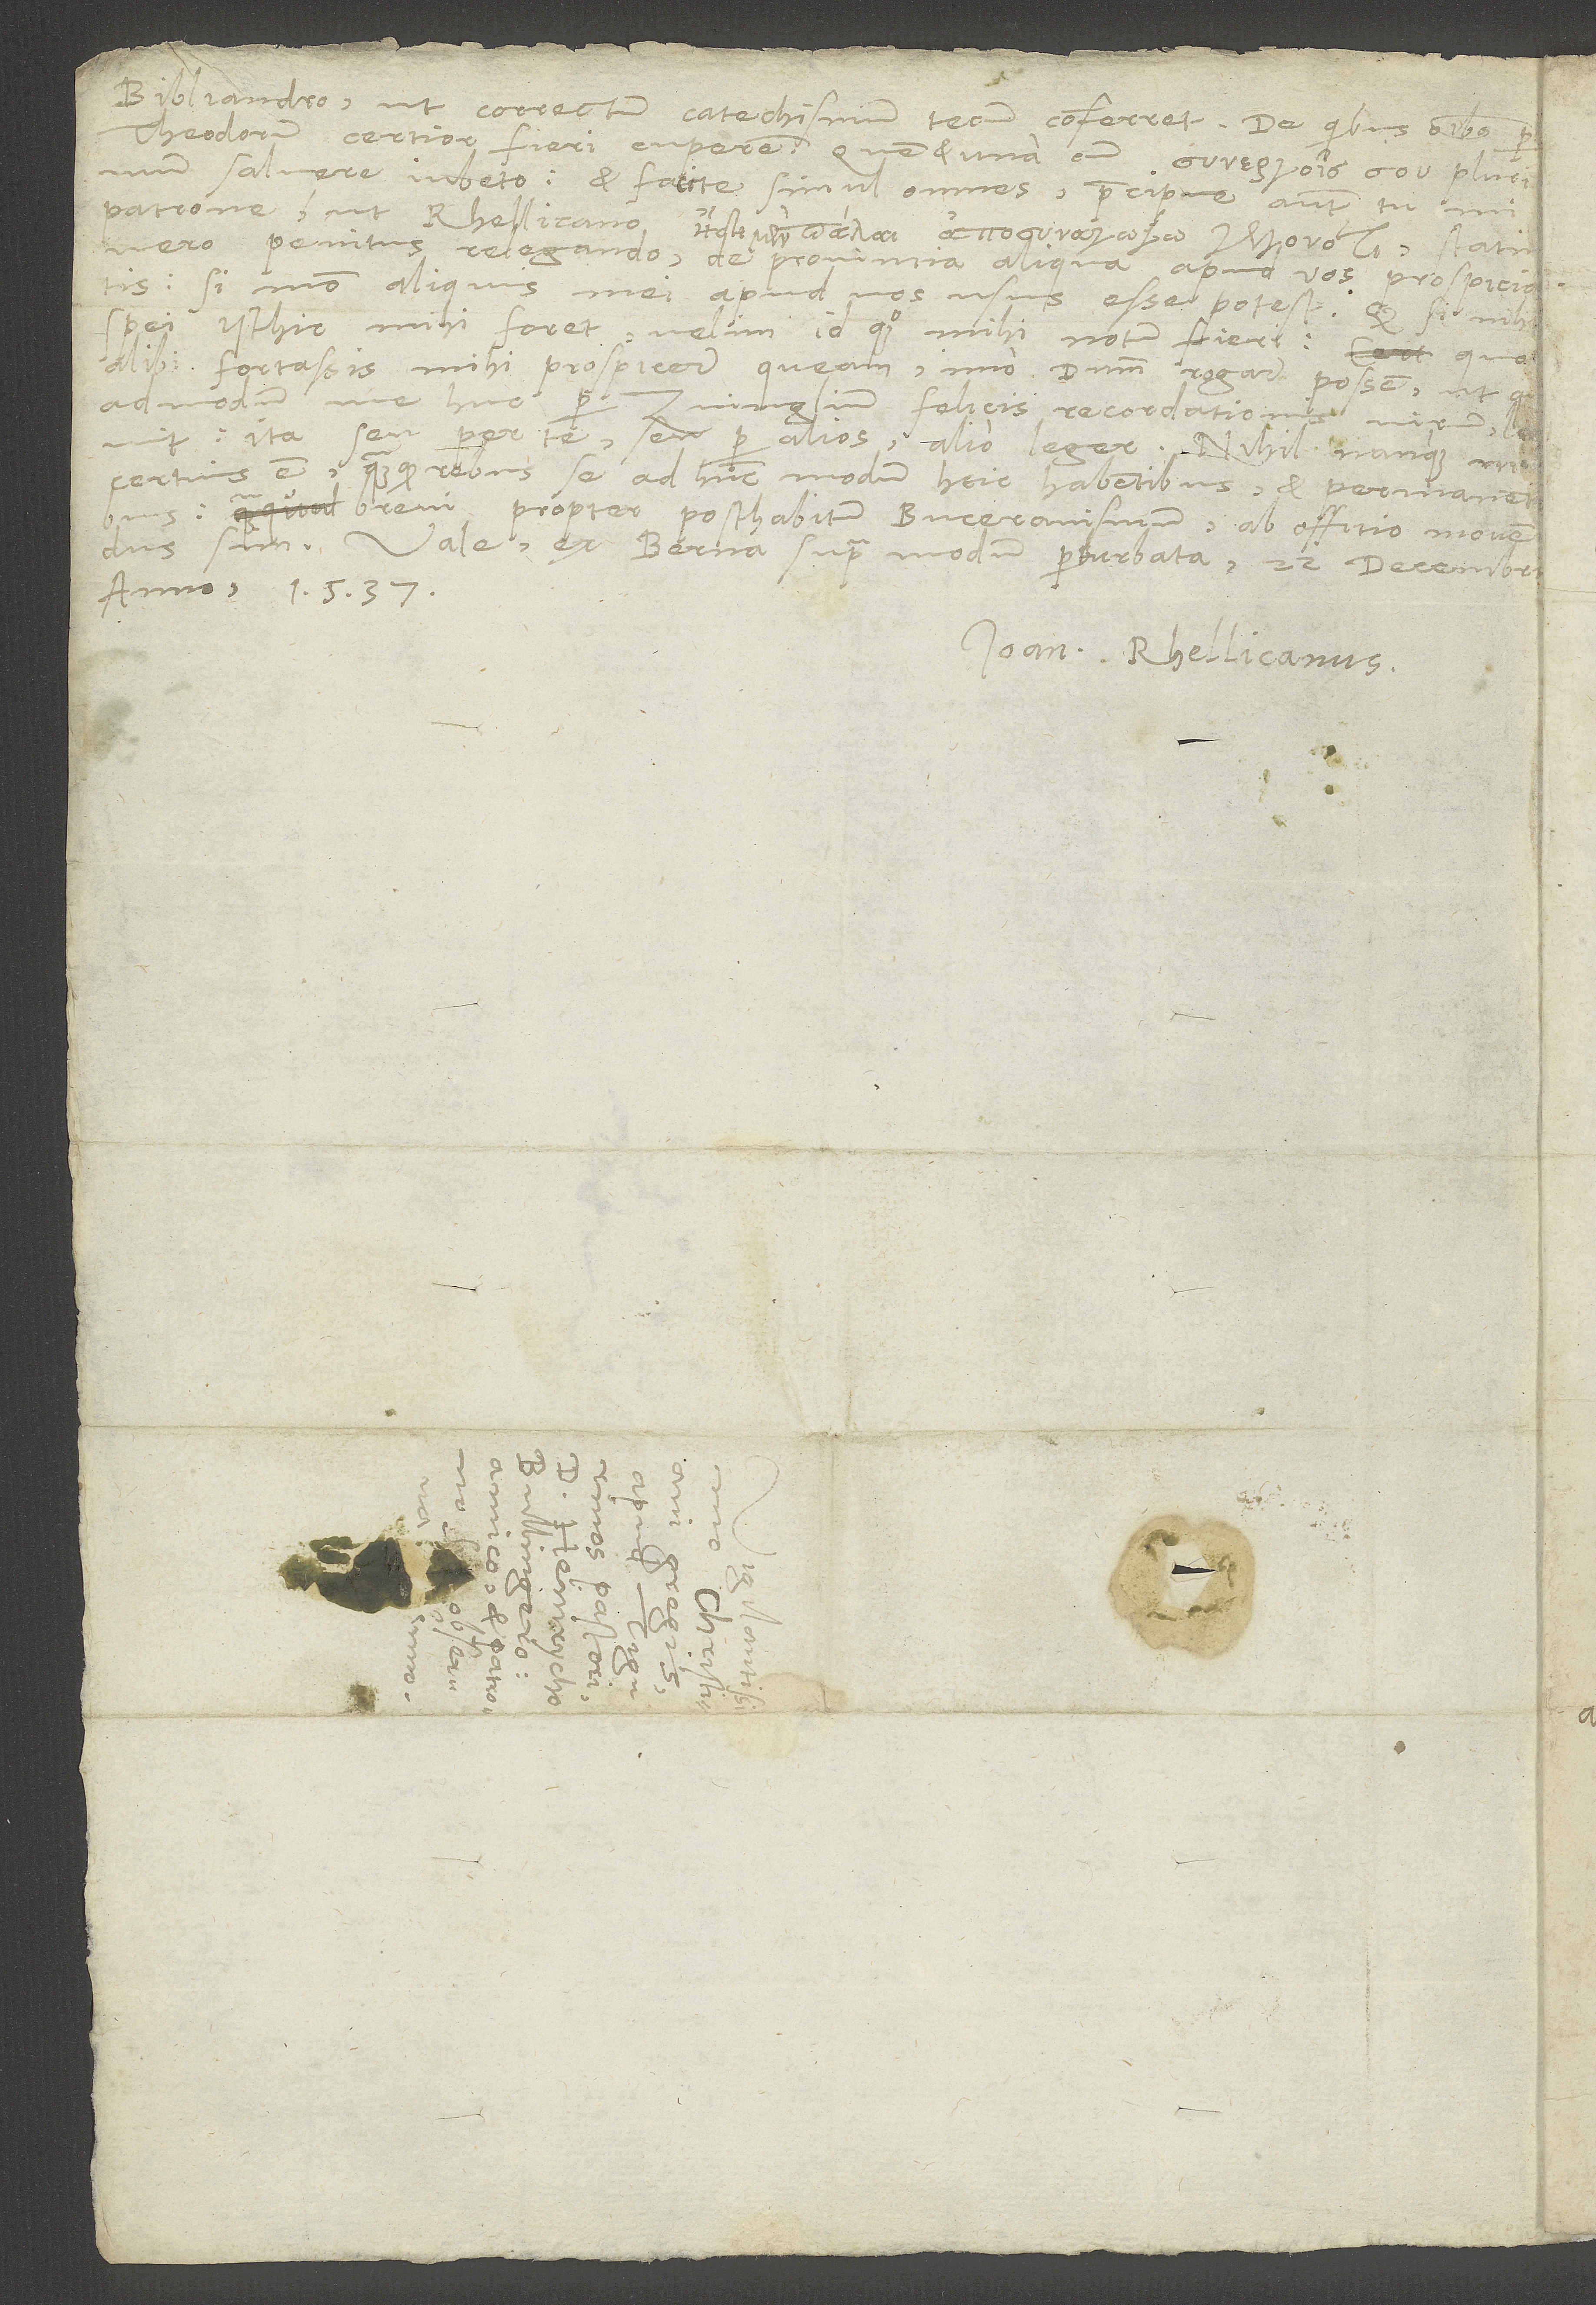
Bibliandro, ut correctum catechismum tecum conferret. De quibus omnibus per
Theodorum certior fieri cuperem, quem et una cum plurimum
salvere iubeto. Et facite simul omnes, praecipue autem tu, mi
patrone, ut Rhellicano , statim
vero penitus relegando, de provincia aliqua apud vos prospiciatis,
si modo aliquis mei apud vos usus esse potest. Quod si nihil
spei isthic mihi foret, velim id quoque mihi notum fieri, quo
alibi fortassis mihi prospicere queam, imo dominum rogare possem, ut,
Zvinglium, felicis recordationis virum, l
certius est, quam quod rebus se ad hunc modum heic habentibus et permanentibus
brevi propter posthabitum Buceranismum ab offitio movendus
sim. Vale. Ex Berna supra modum perturbata, 22. decembris
anno 1537.
Ioan. Rhellicanus.